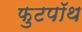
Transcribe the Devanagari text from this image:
फुटपॉथ